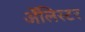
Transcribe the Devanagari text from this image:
अॅलिस्टर